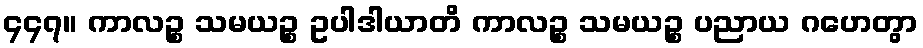
၄၄၇။ ကာလဉ္စ သမယဉ္စ ဥပါဒါယာတိ ကာလဉ္စ သမယဉ္စ ပညာယ ဂဟေတွာ